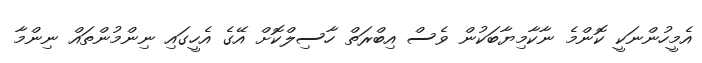
އެމީހުންނަކީ ކޮންމެ ނާކާމިޔާބަކުން ވެސް އިބްރަތް ހާސިލްކޮށް އޭގެ އެހީގައި ނިންމުންތައް ނިންމާ